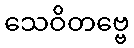
သေဝိတဗ္ဗေ